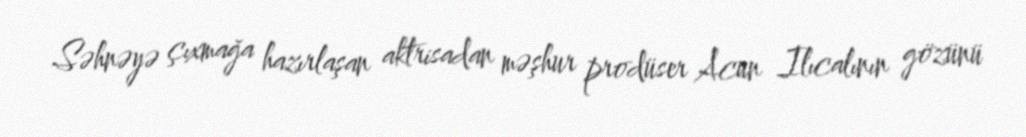
Səhnəyə çıxmağa hazırlaşan aktrisadan məşhur prodüser Acun Ilıcalının gözünü